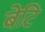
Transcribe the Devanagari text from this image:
बेटि